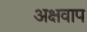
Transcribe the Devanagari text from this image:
अक्षवाप